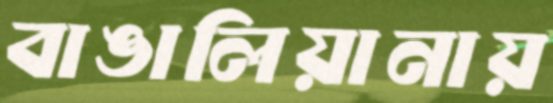
বাঙালিয়ানায়